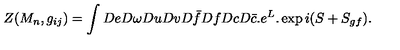
Z ( M _ { n } , g _ { i j } ) = \int D e D \omega D u D v D \bar { f } D f D c D \bar { c } . e ^ { L } . \exp i ( S + S _ { g f } ) .